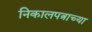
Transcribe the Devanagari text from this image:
निकालपत्राच्या